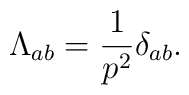
\Lambda_{ab} = \frac{1}{p^2} \delta_{ab}.